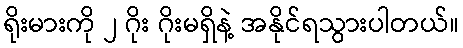
ရိုးမားကို ၂ ဂိုး ဂိုးမရှိနဲ့ အနိုင်ရသွားပါတယ်။